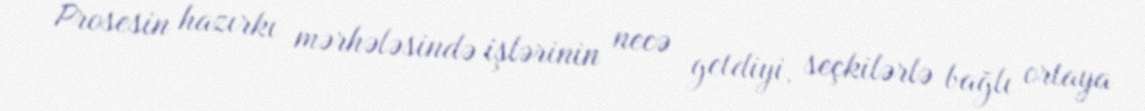
Prosesin hazırkı mərhələsində işlərinin necə getdiyi, seçkilərlə bağlı ortaya